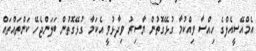
އެމްއޭސީއެލްގެ ހިއްސާ ވިއްކުމާ ގުޅޭގޮތުން ޔާސިރު ވިދާޅުވީ އެކަމާ ގުޅޭގޮތުން ބަލަންޖެހޭ ކަންތައްތައް